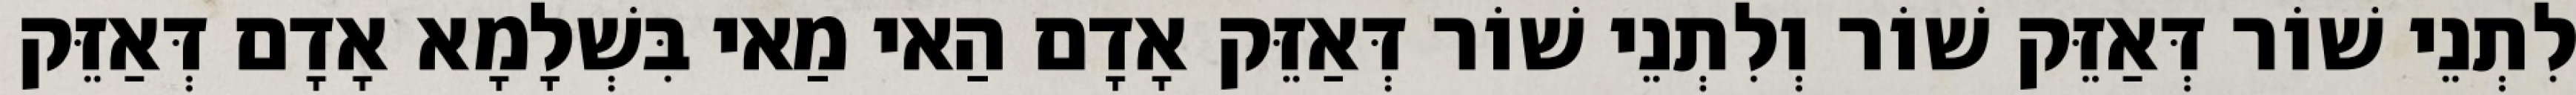
לִתְנֵי שׁוֹר דְּאַזֵּק שׁוֹר וְלִתְנֵי שׁוֹר דְּאַזֵּק אָדָם הַאי מַאי בִּשְׁלָמָא אָדָם דְּאַזֵּק